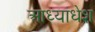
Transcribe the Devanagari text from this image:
आध्याधेश